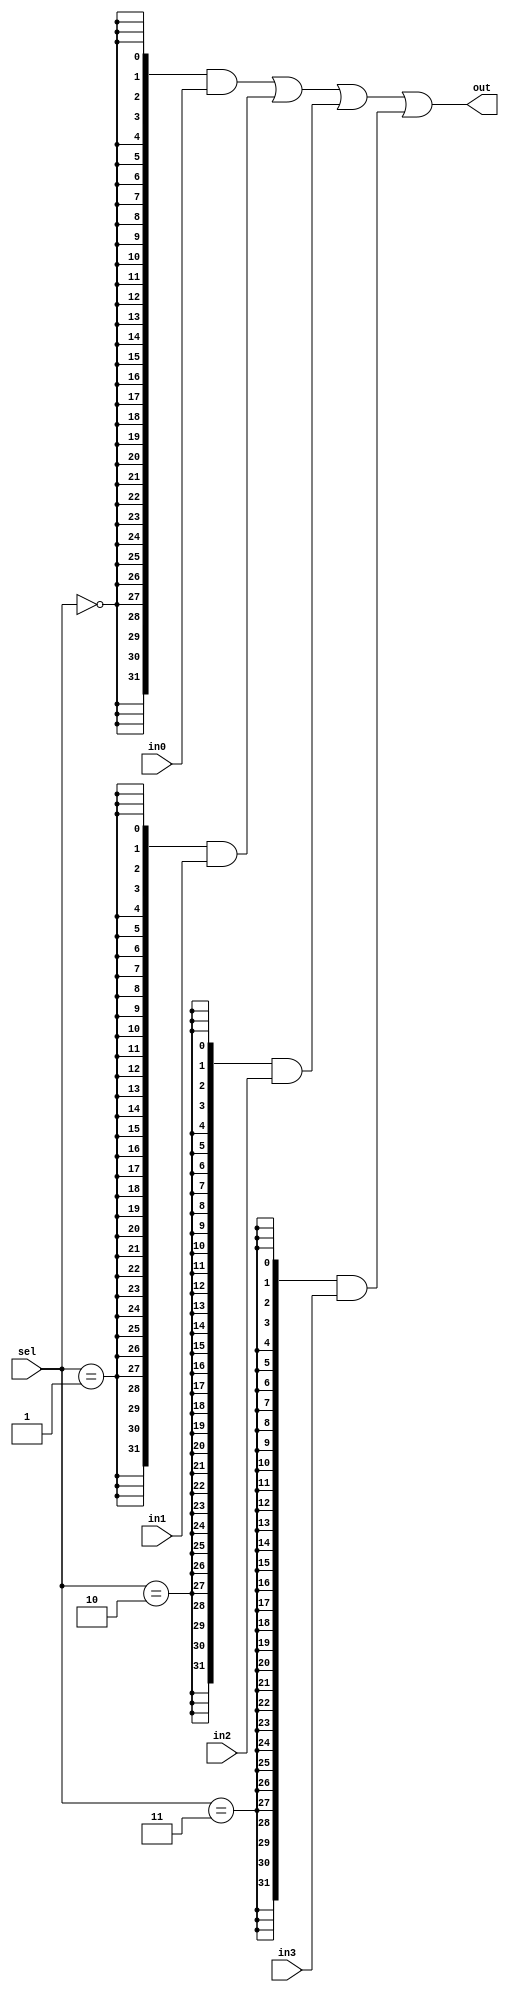
`timescale 1ns / 1ps

module Mux41_32 (
    input  [31:0] in0,
    input  [31:0] in1,
    input  [31:0] in2,
    input  [31:0] in3,
    input  [ 1:0] sel,
    output [31:0] out
);

    assign out = ({32{sel == 2'd0}} & in0)
               | ({32{sel == 2'd1}} & in1)
               | ({32{sel == 2'd2}} & in2)
               | ({32{sel == 2'd3}} & in3);

endmodule